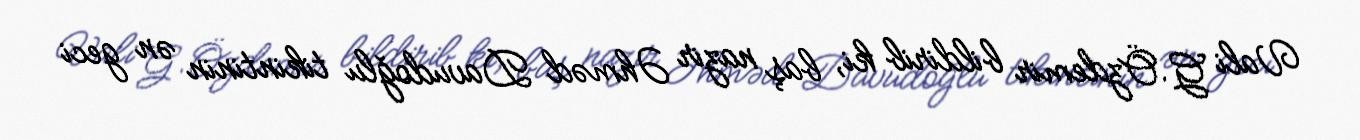
Vali G.Özdemir bildirib ki, baş nazir Əhməd Davudoğlu tikintinin ən geci